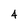
Character: 4